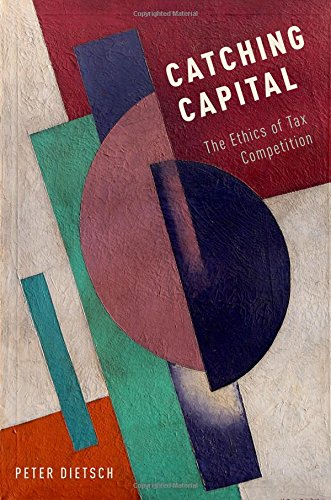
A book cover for Catching Capital: The Ethics of Tax Competition; Peter Dietsch; Law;